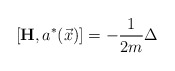
\begin{align*}\left[ \mathbf{H},a^{*}(\vec{x})\right] =-\frac{1}{2m}\Delta\end{align*}